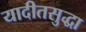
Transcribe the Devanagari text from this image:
यादीतसुद्धा